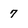
Character: 7